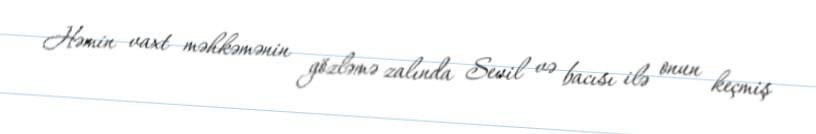
Həmin vaxt məhkəmənin gözləmə zalında Sevil və bacısı ilə onun keçmiş